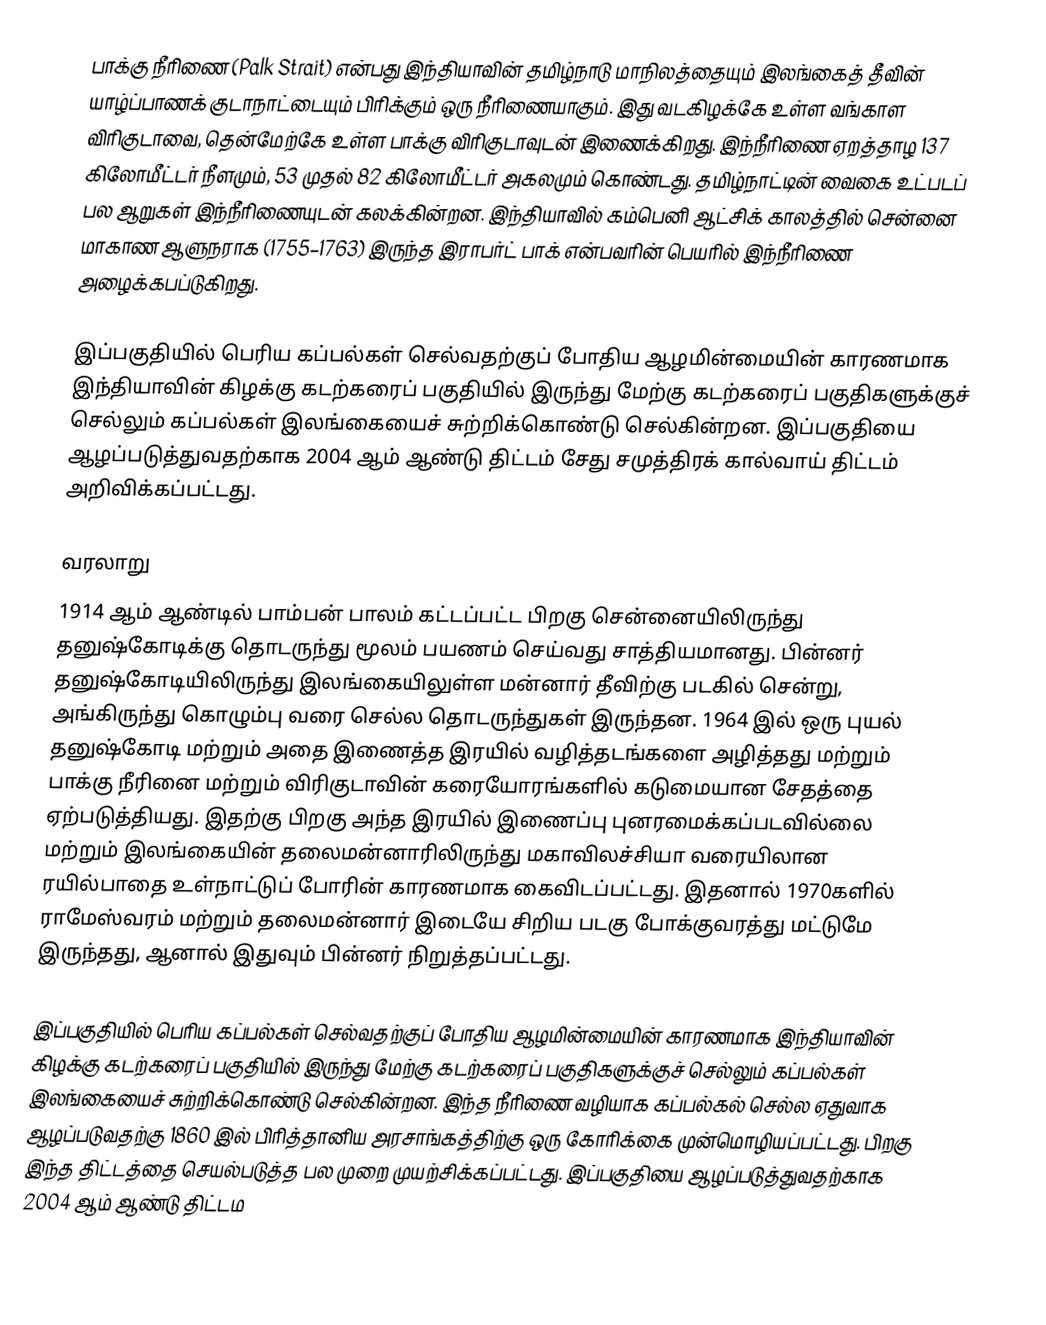
பாக்கு நீரிணை (Palk Strait) என்பது இந்தியாவின் தமிழ்நாடு மாநிலத்தையும் இலங்கைத் தீவின் யாழ்ப்பாணக் குடாநாட்டையும் பிரிக்கும் ஒரு நீரிணையாகும். இது வடகிழக்கே உள்ள வங்காள விரிகுடாவை, தென்மேற்கே உள்ள பாக்கு விரிகுடாவுடன் இணைக்கிறது. இந்நீரிணை ஏறத்தாழ 137 கிலோமீட்டர் நீளமும்,  53 முதல் 82 கிலோமீட்டர் அகலமும் கொண்டது. தமிழ்நாட்டின் வைகை உட்படப் பல ஆறுகள் இந்நீரிணையுடன் கலக்கின்றன. இந்தியாவில் கம்பெனி ஆட்சிக் காலத்தில் சென்னை மாகாண ஆளுநராக (1755–1763) இருந்த இராபர்ட் பாக் என்பவரின் பெயரில் இந்நீரிணை அழைக்கபப்டுகிறது.

இப்பகுதியில் பெரிய கப்பல்கள் செல்வதற்குப் போதிய ஆழமின்மையின் காரணமாக இந்தியாவின் கிழக்கு கடற்கரைப் பகுதியில் இருந்து மேற்கு கடற்கரைப் பகுதிகளுக்குச் செல்லும் கப்பல்கள் இலங்கையைச் சுற்றிக்கொண்டு செல்கின்றன. இப்பகுதியை ஆழப்படுத்துவதற்காக 2004 ஆம் ஆண்டு  திட்டம் சேது சமுத்திரக் கால்வாய் திட்டம் அறிவிக்கப்பட்டது.

வரலாறு
1914 ஆம் ஆண்டில் பாம்பன் பாலம் கட்டப்பட்ட பிறகு சென்னையிலிருந்து தனுஷ்கோடிக்கு தொடருந்து மூலம் பயணம் செய்வது சாத்தியமானது. பின்னர் தனுஷ்கோடியிலிருந்து இலங்கையிலுள்ள மன்னார் தீவிற்கு படகில் சென்று, அங்கிருந்து கொழும்பு வரை செல்ல தொடருந்துகள் இருந்தன. 1964 இல் ஒரு புயல் தனுஷ்கோடி மற்றும் அதை இணைத்த இரயில் வழித்தடங்களை அழித்தது மற்றும் பாக்கு நீரினை மற்றும் விரிகுடாவின் கரையோரங்களில் கடுமையான சேதத்தை ஏற்படுத்தியது. இதற்கு பிறகு அந்த இரயில் இணைப்பு  புனரமைக்கப்படவில்லை மற்றும் இலங்கையின் தலைமன்னாரிலிருந்து மகாவிலச்சியா வரையிலான ரயில்பாதை உள்நாட்டுப் போரின் காரணமாக கைவிடப்பட்டது. இதனால் 1970களில் ராமேஸ்வரம் மற்றும் தலைமன்னார் இடையே சிறிய படகு போக்குவரத்து மட்டுமே இருந்தது, ஆனால் இதுவும் பின்னர் நிறுத்தப்பட்டது.

இப்பகுதியில் பெரிய கப்பல்கள் செல்வதற்குப் போதிய ஆழமின்மையின் காரணமாக இந்தியாவின் கிழக்கு கடற்கரைப் பகுதியில் இருந்து மேற்கு கடற்கரைப் பகுதிகளுக்குச் செல்லும் கப்பல்கள் இலங்கையைச் சுற்றிக்கொண்டு செல்கின்றன. இந்த நீரிணை வழியாக கப்பல்கல் செல்ல ஏதுவாக ஆழப்படுவதற்கு 1860 இல் பிரித்தானிய அரசாங்கத்திற்கு ஒரு கோரிக்கை முன்மொழியப்பட்டது. பிறகு இந்த திட்டத்தை செயல்படுத்த பல முறை முயற்சிக்கப்பட்டது. இப்பகுதியை ஆழப்படுத்துவதற்காக 2004 ஆம் ஆண்டு  திட்டம